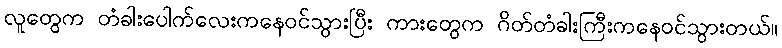
လူတွေက တံခါးပေါက်လေးကနေဝင်သွားပြီး ကားတွေက ဂိတ်တံခါးကြီးကနေဝင်သွားတယ်။